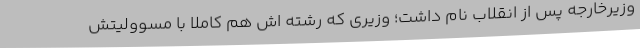
وزیرخارجه پس از انقلاب نام داشت؛ وزیری که رشته اش هم کاملا با مسوولیتش